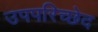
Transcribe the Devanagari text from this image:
उपपरिच्छेद